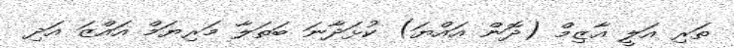
ތަރި އަލީ އާޒިމް (ދޮން އައްޔަ) ކުޅަދާނަ ބަތަލާ މަރިޔަމް އައްޒަ އަދި